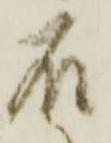
石